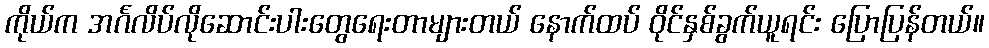
ကိုယ်က အင်္ဂလိပ်လိုဆောင်းပါးတွေရေးတာများတယ် နောက်ထပ် ဝိုင်နှစ်ခွက်ယူရင်း ပြောပြန်တယ်။